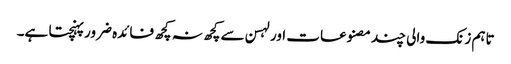
تاہم زنک والی چند مصنوعات اور لہسن سے کچھ نہ کچھ فائدہ ضرور پہنچتا ہے۔